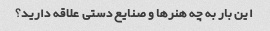
این بار به چه هنرها و صنایع دستی علاقه دارید؟